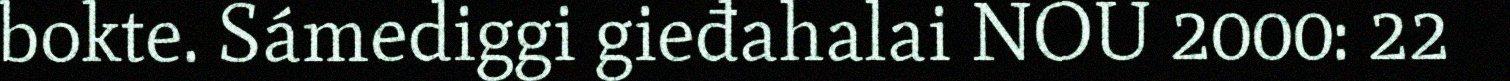
bokte. Sámediggi gieđahalai NOU 2000: 22